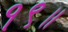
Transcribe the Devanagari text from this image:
१९॥